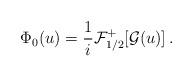
LaTeX: \begin{align*} \Phi_0(u) = \frac{1}{i} \mathcal F_{1/2}^+[\mathcal G(u)] \, . \end{align*}